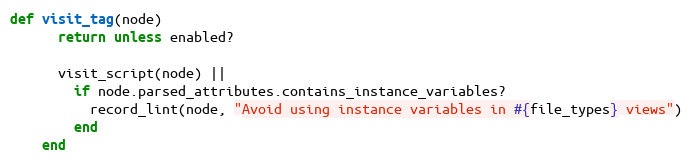
Language: Ruby
def visit_tag(node)
      return unless enabled?

      visit_script(node) ||
        if node.parsed_attributes.contains_instance_variables?
          record_lint(node, "Avoid using instance variables in #{file_types} views")
        end
    end